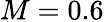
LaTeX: M=0.6